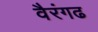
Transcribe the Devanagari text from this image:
वैरंगढ